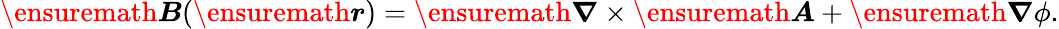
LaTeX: \ensuremath{\boldsymbol{B}}(\ensuremath{\boldsymbol{r}})=\ensuremath{\boldsymbol{\nabla}}\times\ensuremath{\boldsymbol{A}}+\ensuremath{\boldsymbol{\nabla}}\phi.